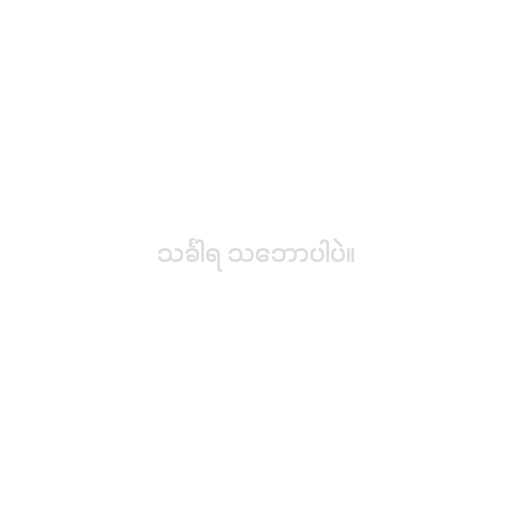
သင်္ခါရ သ‌ဘောပါပဲ။